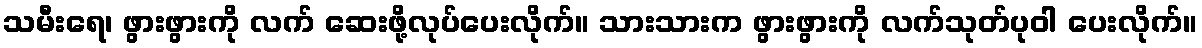
သမီးရေ၊ ဖွားဖွားကို လက် ဆေးဖို့လုပ်ပေးလိုက်။ သားသားက ဖွားဖွားကို လက်သုတ်ပုဝါ ပေးလိုက်။